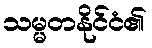
သမ္မတနိုင်ငံ၏